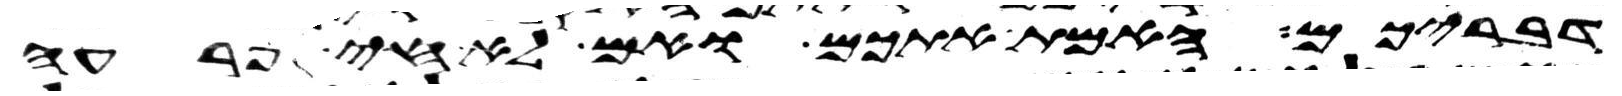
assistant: דבריכם האמת אתכם ואם לא חי פרעה